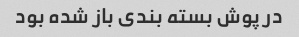
در پوش بسته بندی باز شده بود